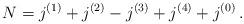
LaTeX: \begin{align*} N = j^{(1)} + j^{(2)} - j^{(3)} + j^{(4)} + j^{(0)} \,. \end{align*}